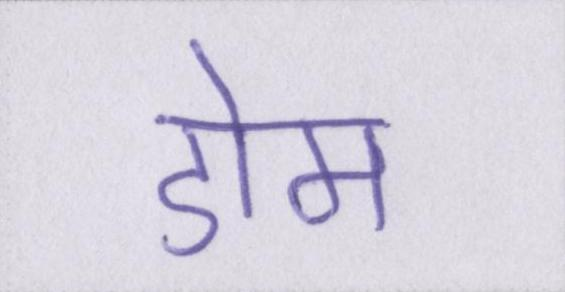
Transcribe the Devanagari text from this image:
डोम